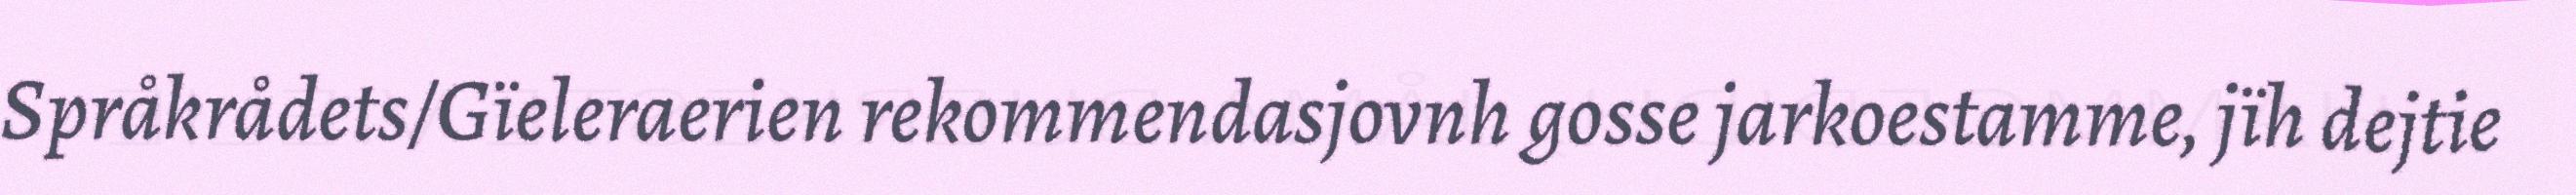
Språkrådets/Gïeleraerien rekommendasjovnh gosse jarkoestamme, jïh dejtie